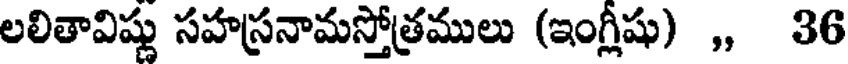
లలితావిష్ణు సహస్రనామస్తోత్రములు (ఇంగ్లీషు) ,, 36